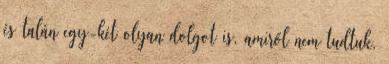
és talán egy-két olyan dolgot is, amiről nem tudtuk,